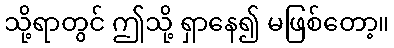
သို့ရာတွင် ဤသို့ ရှာနေ၍ မဖြစ်တော့။